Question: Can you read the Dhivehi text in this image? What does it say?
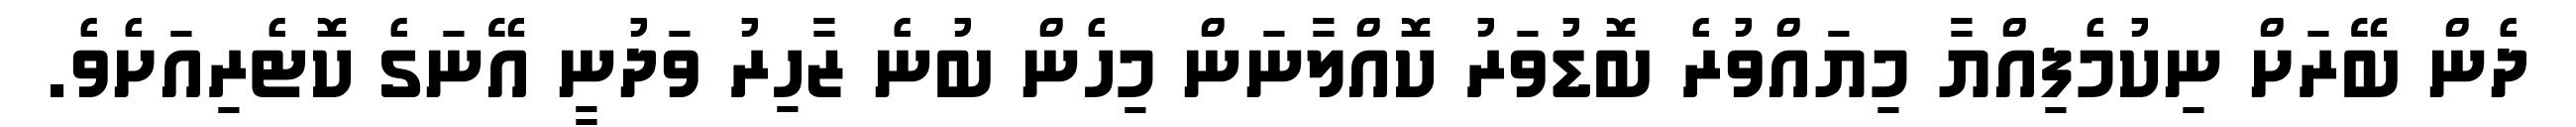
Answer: ދެން ބޭރަށް ނިކުމެފިއްޔާ މިޔައްވުރެ ބޮޑުވަރު ކޮއްލާނަން މިހެން ބުނެ ޒާހިރު ވަދުނީ އޭނަގެ ކޮޓެރިއަށެވެ.